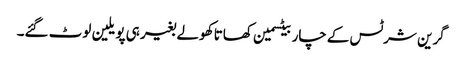
گرین شرٹس کےچار بیٹسمین کھاتا کھولے بغیر ہی پویلین لوٹ گئے۔